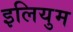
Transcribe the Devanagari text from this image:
इलियुम